Report on vaccination in Madras 1877-1894 - 1877-1894
Year: 1877
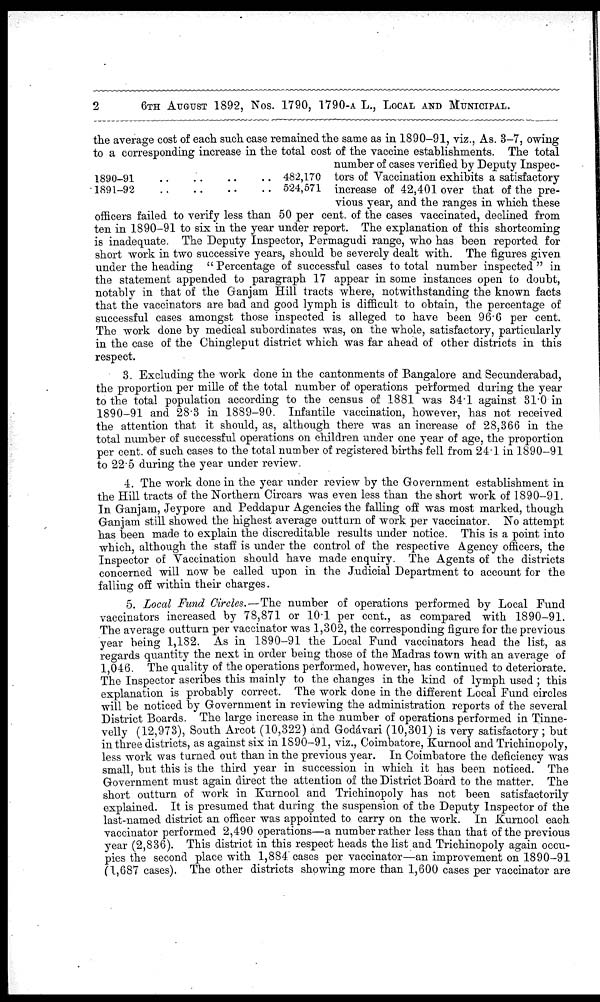
2
6TH AUGUST 1892, Nos. 1790, 1790-A L., LOCAL AND MUNICIPAL.
1890-91
..
..
..
..
1891-92 .. .. .. ..
482,170
524,571
the average cost of each such case remained the same as in 1890-91, viz., As. 3-7, owing
to a corresponding increase in the total cost of the vaccine establishments. The total
number of cases verified by Deputy Inspec-
tors of Vaccination exhibits a satisfactory
increase of 42,401 over that of the pre-
vious year, and the ranges in which these
officers failed to verify less than 50 per cent. of the cases vaccinated, declined from
ten in 1890-91 to six in the year under report. The explanation of this shortcoming
is inadequate. The Deputy Inspector, Permagudi range, who has been reported for
short work in two successive years, should be severely dealt with. The figures given
under the heading "Percentage of successful cases to total number inspected" in
the statement appended to paragraph 17 appear in some instances open to doubt,
notably in that of the Ganjam Hill tracts where, notwithstanding the known facts
that the vaccinators are bad and good lymph is difficult to obtain, the percentage of
successful cases amongst those inspected is alleged to have been 96.6 per cent.
The work done by medical subordinates was, on the whole, satisfactory, particularly
in the case of the Chingleput district which was far ahead of other districts in this
respect.
3. Excluding the work done in the cantonments of Bangalore and Secunderabad,
the proportion per mille of the total number of operations performed during the year
to the total population according to the census of 1881 was 34.1 against 31.0 in
1890-91 and 28.3 in 1889-90. Infantile vaccination, however, has not received
the attention that it should, as, although there was an increase of 28,366 in the
total number of successful operations on children under one year of age, the proportion
per cent. of such cases to the total number of registered births fell from 24.1 in 1890-91
to 22.5 during the year under review.
4. The work done in the year under review by the Government establishment in
the Hill tracts of the Northern Circars was even less than the short work of 1890-91.
In Ganjam, Jeypore and Peddapur Agencies the falling off was most marked, though
Ganjam still showed the highest average outturn of work per vaccinator. No attempt
has been made to explain the discreditable results under notice. This is a point into
which, although the staff is under the control of the respective Agency officers, the
Inspector of Vaccination should have made enquiry. The Agents of the districts
concerned will now be called upon in the Judicial Department to account for the
falling off within their charges.
5. Local Fund Circles.—The number of operations performed by Local Fund
vaccinators increased by 78,871 or 10.1 per cent., as compared with 1890-91.
The average outturn per vaccinator was 1,302, the corresponding figure for the previous
year being 1,182. As in 1890-91 the Local Fund vaccinators head the list, as
regards quantity the next in order being those of the Madras town with an average of
1,046. The quality of the operations performed, however, has continued to deteriorate.
The Inspector ascribes this mainly to the changes in the kind of lymph used ; this
explanation is probably correct. The work done in the different Local Fund circles
will be noticed by Government in reviewing the administration reports of the several
District Boards. The large increase in the number of operations performed in Tinne-
velly (12,973), South Arcot (10,322) and Godávari (10,301) is very satisfactory; but
in three districts, as against six in 1890-91, viz., Coimbatore, Kurnool and Trichinopoly,
less work was turned out than in the previous year. In Coimbatore the deficiency was
small, but this is the third year in succession in which it has been noticed. The
Government must again direct the attention of the District Board to the matter. The
short outturn of work in Kurnool and Trichinopoly has not been satisfactorily
explained. It is presumed that during the suspension of the Deputy Inspector of the
last-named district an officer was appointed to carry on the work. In Kurnool each
vaccinator performed 2,490 operations—a number rather less than that of the previous
year (2,836). This district in this respect heads the list and Trichinopoly again occu-
pies the second place with 1,884 cases per vaccinator—an improvement on 1890-91
(1,687 cases). The other districts showing more than 1,600 cases per vaccinator are